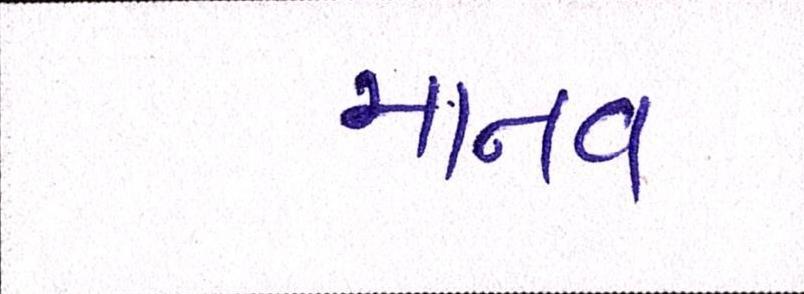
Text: માનવ